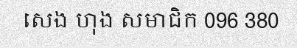
សេង ហុង សមាជិក 096 380